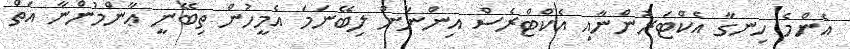
އެންމެ ހިނގާ އެކްޓަރުންނާއި އެކްޓްރެސް އިންނަށް ލިބޭނަމަ އެމީހުން ތިބޭނީ ޢާންމުންނާ އަތް